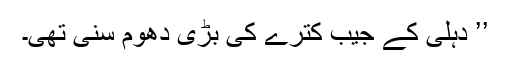
’’ دہلی کے جیب کترے کی بڑی دھوم سنی تھی۔